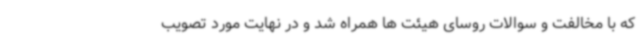
که با مخالفت و سوالات روسای هیئت ها همراه شد و در نهایت مورد تصویب